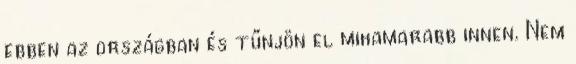
ebben az országban és tűnjön el mihamarabb innen. Nem